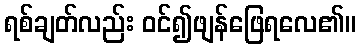
ရစ်ချတ်လည်း ဝင်၍ဖျန်ဖြေရလေ၏။